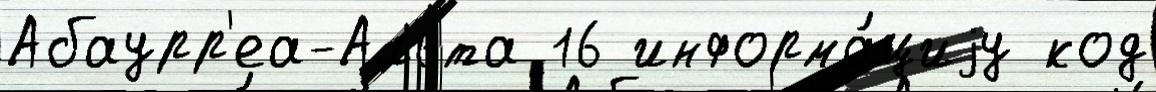
Абаурр'еа-Альта 16 информа́циjу код